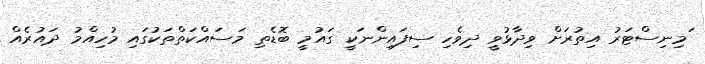
ަމިނިސްޓަރު އިތުރަށް ވިދާޅުވީ ދިވެހި ސިފައިންނަކީ ގައުމީ ބޮޑެތި މަަސައްކަތްތަކުގައި މުހިއްމު ދައުރެއް